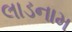
લાડનામ